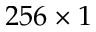
2 5 6 \times 1